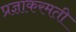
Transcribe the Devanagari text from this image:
प्रज्ञाकरमती